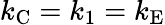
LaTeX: k_{\mathrm{{C}}}=k_{1}=k_{\mathrm{{E}}}